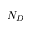
N _ { D }